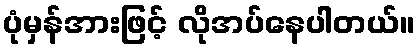
ပုံမှန်အားဖြင့် လိုအပ်နေပါတယ်။